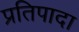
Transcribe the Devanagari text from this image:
प्रतिपादा